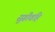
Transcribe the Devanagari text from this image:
सुग्रीवहि